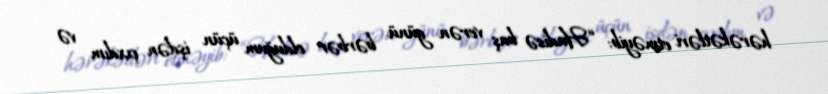
hərəkətləri etməyib: “Hadisə baş verən günü bərbər olduğum üçün işdən çıxdım və